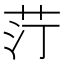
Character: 𦭑